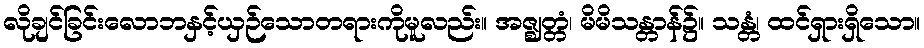
လိုချင်ခြင်းလောဘနှင့်ယှဉ်သောတရားကိုမူလည်း။ အဇ္ဈတ္တံ၊ မိမိသန္တာန်၌။ သန္တံ၊ ထင်ရှားရှိသော။